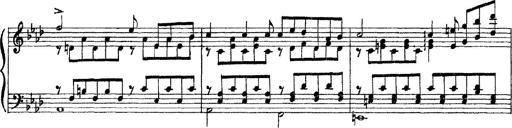
Title: 3 sonetti di Petrarca
Composer: Franz Liszt